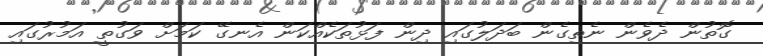
ގޮތުން ދެވެން ނެތިގެން ބަދަލުގައި ދިން ފަޅުތަކެއްކަން އެނގޭ ކަމަށް ވަގުތީ އަމުރުގައި